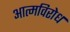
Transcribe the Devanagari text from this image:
आत्मविरोध